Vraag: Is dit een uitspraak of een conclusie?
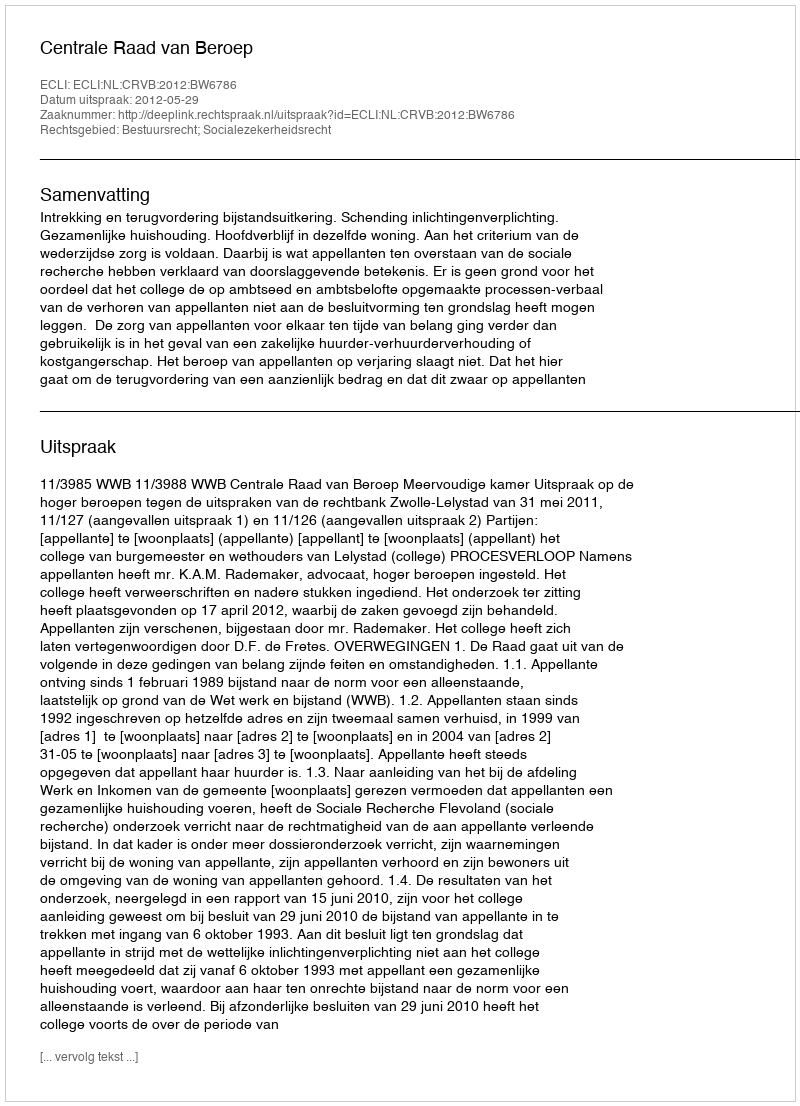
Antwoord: Uitspraak